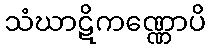
သံဃာဋိကဏ္ဏောပိ